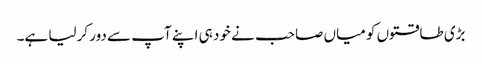
بڑی طاقتوں کو میاں صاحب نے خود ہی اپنے آپ سے دور کرلیا ہے۔